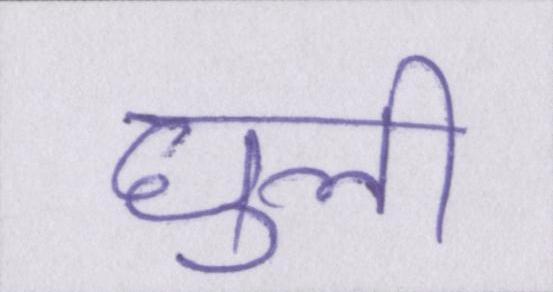
घुली